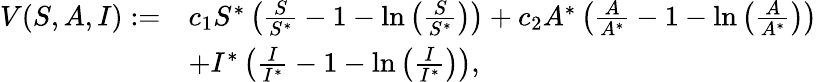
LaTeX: \begin{array}{rl}{V(S,A,I):=}&{c_{1}S^{*}\left(\frac{S}{S^{*}}-1-\ln\left(\frac{S}{S^{*}}\right)\right)+c_{2}A^{*}\left(\frac{A}{A^{*}}-1-\ln\left(\frac{A}{A^{*}}\right)\right)}\\ &{+I^{*}\left(\frac{I}{I^{*}}-1-\ln\left(\frac{I}{I^{*}}\right)\right),}\end{array}